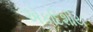
એકદિશીય